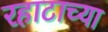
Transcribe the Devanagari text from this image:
रहाटाच्या